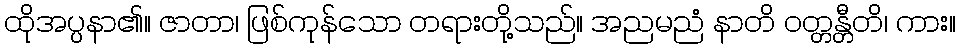
ထိုအပ္ပနာ၏။ ဇာတာ၊ ဖြစ်ကုန်သော တရားတို့သည်။ အညမညံ နာတိ ဝတ္တန္တီတိ၊ ကား။